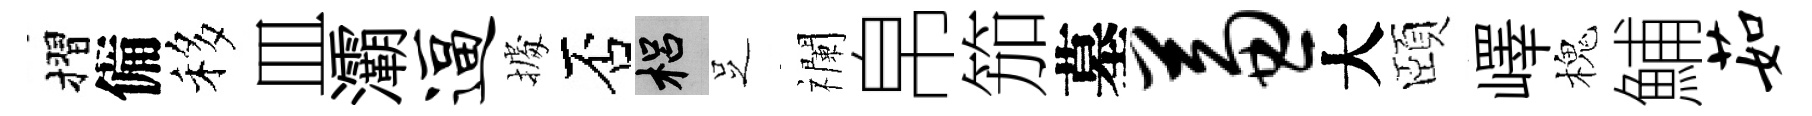
摺備移皿灞逼𢴃否梠𠯁襴帛笳墓兼大頤嶧槐鯆茹